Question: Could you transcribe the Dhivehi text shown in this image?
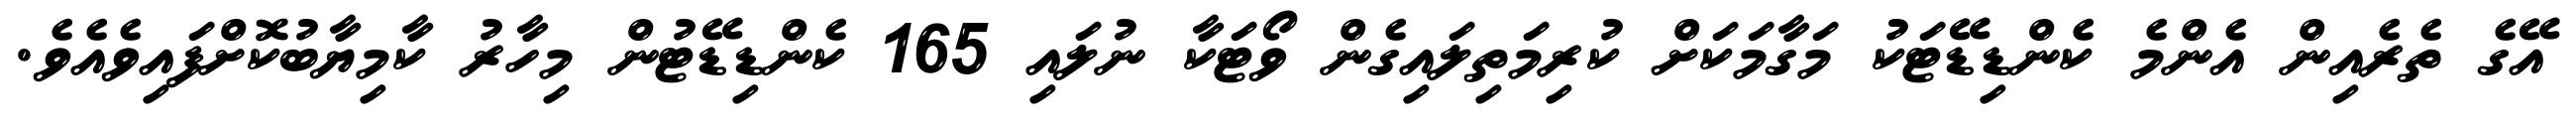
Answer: އޭގެ ތެރެއިން އެންމެ ކެންޑިޑޭޓަކު މަގާމަކަށް ކުރިމަތިލައިގެން ވޯޓަކާ ނުލައި 165 ކެންޑިޑޭޓުން މިހާރު ކާމިޔާބުކޮށްފައިވެއެވެ.